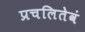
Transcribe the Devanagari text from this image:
प्रचलितेवं